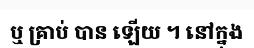
ឬ គ្រាប់ បាន ឡើយ ។ នៅក្នុង